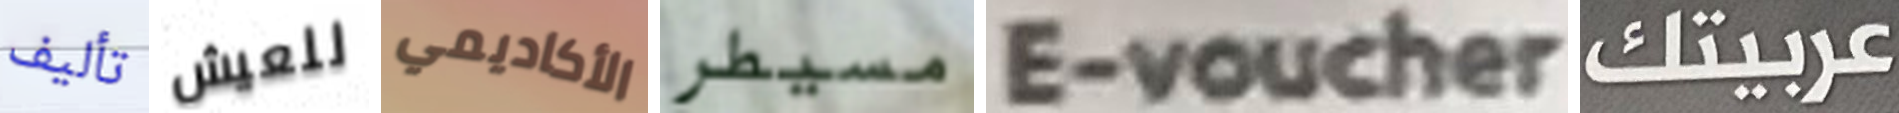
تأليف للعيش الأكاديمي مسيطر E-voucher عربيتك